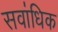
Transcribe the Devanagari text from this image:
सवा॑धिक